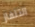
التلفاز